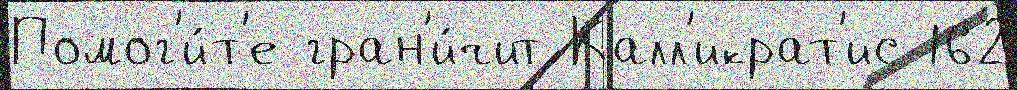
Помог'и́т'е гран'и́чит Калл'икрат'ис 162